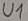
Text: U1